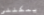
يمكنني